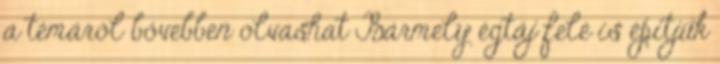
a témáról bővebben olvashat Bármely égtáj felé is építjük